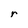
Character: r